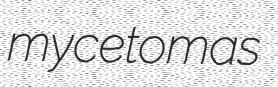
mycetomas